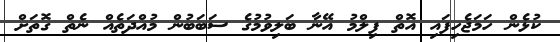
ކުޅެން ހަމަޖެހިފައި އޮތް ފިލްމު އޭނާ ބަލިވުމުގެ ސަބަބުން މުއްދަތެއް ނެތް ގޮތަށް